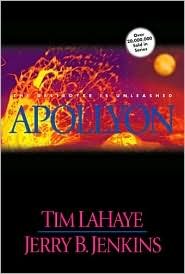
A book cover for Apollyon (Left Behind #5) 1st (first) edition Text Only; Tim LaHaye; Religion & Spirituality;